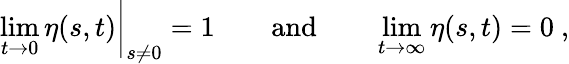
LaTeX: \operatorname*{lim}_{t\to 0}\eta(s,t)\bigg|_{s\neq 0}=1\qquad\mathrm{and}\qquad\operatorname*{lim}_{t\to\infty}\eta(s,t)=0\ ,